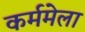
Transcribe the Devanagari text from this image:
कर्ममेला